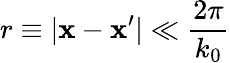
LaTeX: r\equiv|\mathbf{x}-\mathbf{x}^{\prime}|\ll\frac{2\pi}{k_{0}}